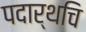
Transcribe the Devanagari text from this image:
पदार्थचि